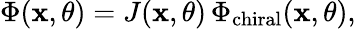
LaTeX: \Phi(\mathbf{x},\theta)=J(\mathbf{x},\theta)\, \Phi_{\mathrm{{chiral}}}(\mathbf{x},\theta),